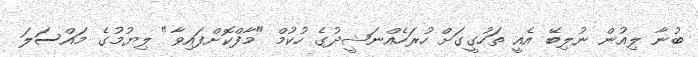
ބުނާ ލިއުން ނުލިބޭ އެއީ ތަހުގީގަށް ހުރަހެއްނަޝީދުގެ ހުކުމް "މާފްކޮށްފައިވާ" ލިޔުމުގެ މައްސަލަ